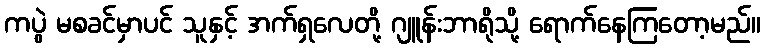
ကပွဲ မစခင်မှာပင် သူနှင့် အက်ရှလေတို့ ဂျူန်းဘာရိုသို့ ရောက်နေကြတော့မည်။